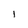
Character: I